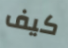
كيف